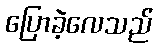
ပြောခဲ့လေသည်